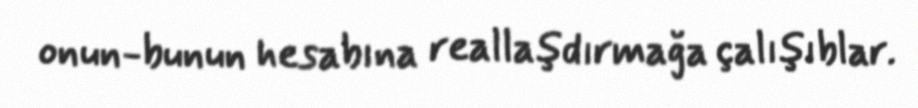
onun-bunun hesabına reallaşdırmağa çalışıblar.